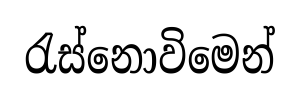
රැස්නොවිමෙන්